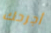
أجرحك